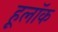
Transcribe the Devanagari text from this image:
हूलॉक